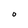
Character: O